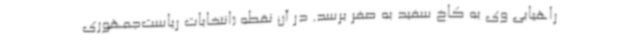
راهیابی وی به کاخ سفید به صفر برسد. در آن نقطه (انتخابات ریاست‌جمهوری